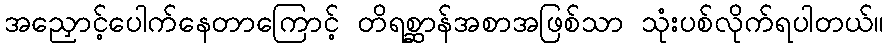
အညှောင့်ပေါက်နေတာကြောင့် တိရစ္ဆာန်အစာအဖြစ်သာ သုံးပစ်လိုက်ရပါတယ်။